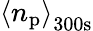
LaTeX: \left<n_{\mathrm{p}}\right>_{\mathrm{300s}}